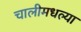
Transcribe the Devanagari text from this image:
चालीमधल्या